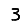
Digit: 3